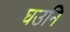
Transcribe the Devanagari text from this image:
घउनि